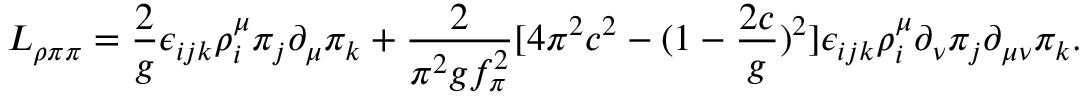
{ \cal L } _ { \rho \pi \pi } = { \frac { 2 } { g } } \epsilon _ { i j k } \rho _ { i } ^ { \mu } \pi _ { j } \partial _ { \mu } \pi _ { k } + { \frac { 2 } { \pi ^ { 2 } g f _ { \pi } ^ { 2 } } } [ 4 \pi ^ { 2 } c ^ { 2 } - ( 1 - { \frac { 2 c } { g } } ) ^ { 2 } ] \epsilon _ { i j k } \rho _ { i } ^ { \mu } \partial _ { \nu } \pi _ { j } \partial _ { \mu \nu } \pi _ { k } .